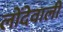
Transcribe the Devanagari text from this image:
लोंदेवाली